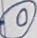
Text: 0